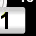
Digit: 1